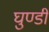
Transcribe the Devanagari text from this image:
घुण्डी